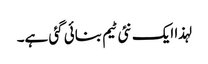
لہذا ایک نئی ٹیم بنائی گئی ہے۔